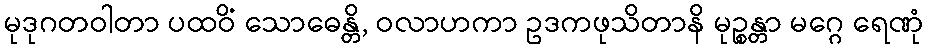
မုဒုဂတဝါတာ ပထဝိံ သောဓေန္တိ, ဝလာဟကာ ဥဒကဖုသိတာနိ မုဉ္စန္တာ မဂ္ဂေ ရေဏုံ